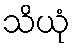
သိယုံ